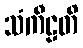
သံကီဠတိ